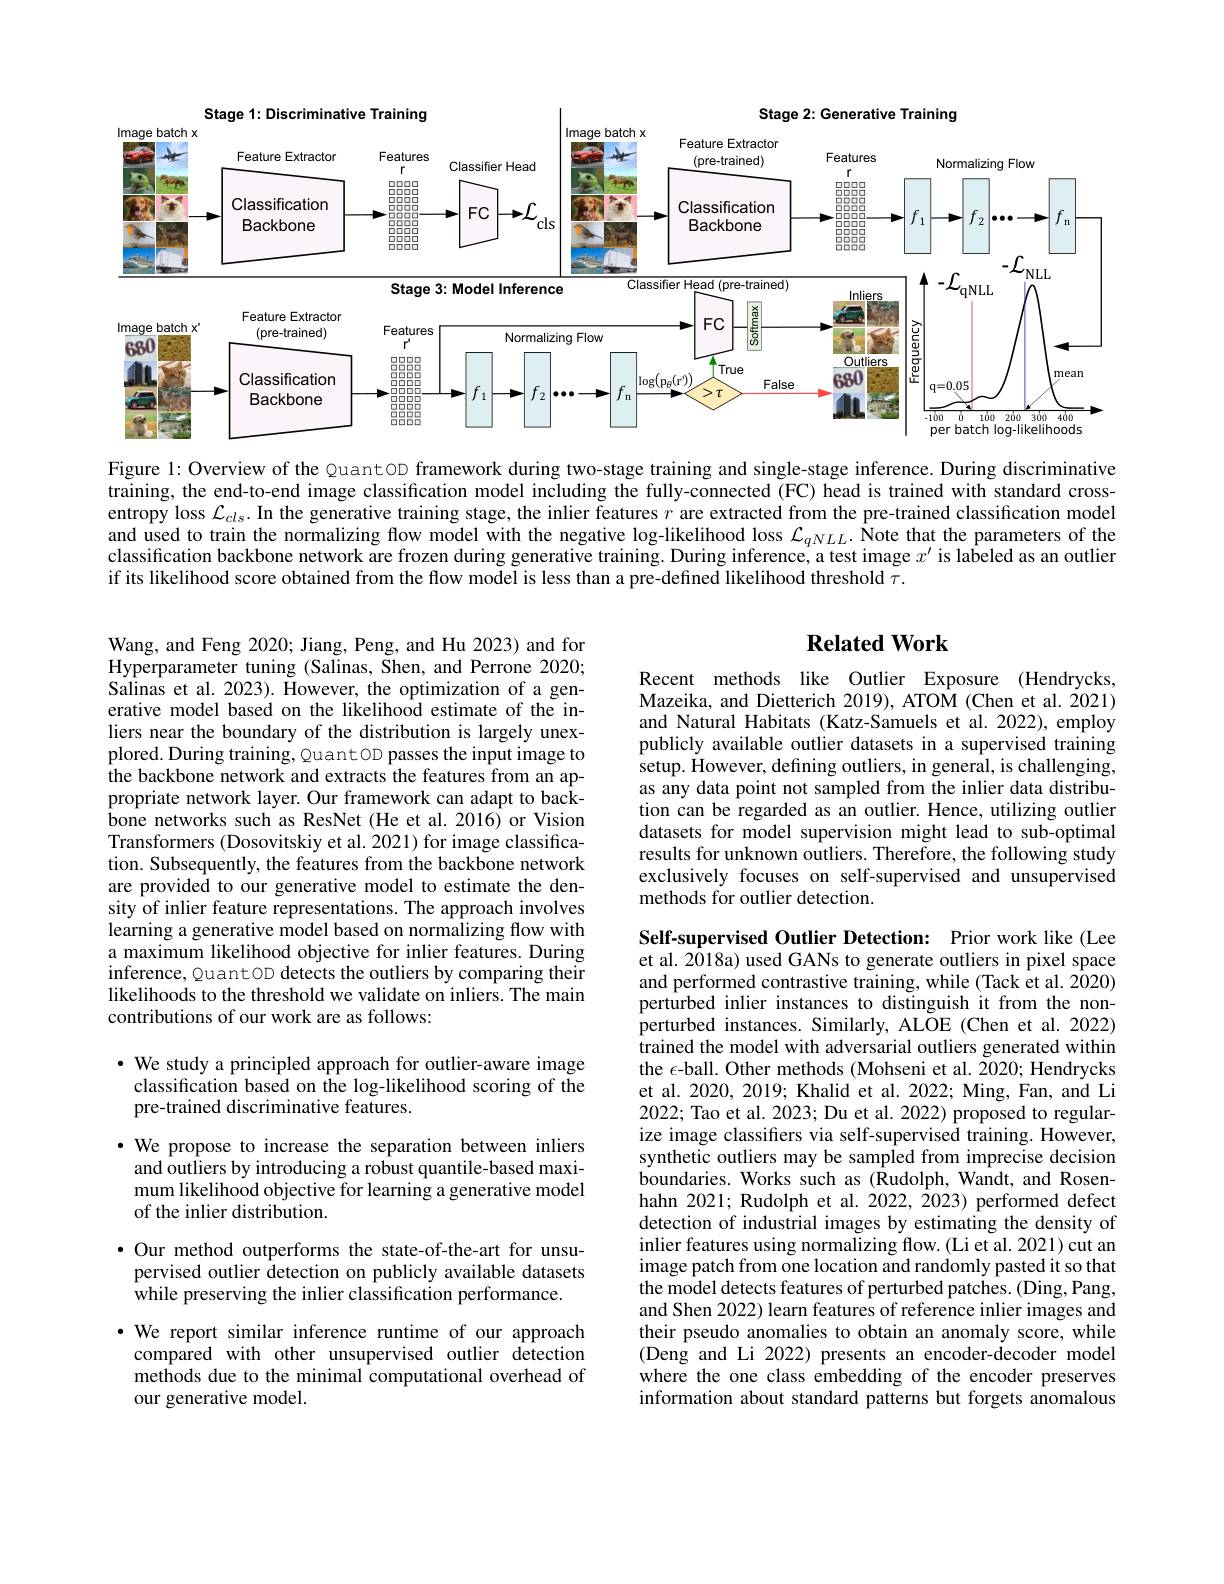
<FigureHere>

Figure l: Overview of the QuantoD framework during two-stage training and single-stage inference. During discriminative training, the end-to-end image classification model including the fully-connected (FC) head is trained with standard crossentropy loss $\mathcal{L}_{cls}.$ In the generative training stage, the inlier features $r$ are extracted from the pre-trained classification model and used to train the normalizing flow model with the negative log-likelihood loss $\mathcal{L}_qNLL.\hat{\text{Note that the parameters of the}}$ classification backbone network are frozen during generative training. During inference, a test image $x^{\prime}$ is labeled as an outlier if its likelihood score obtained from the flow model is less than a pre-defined likelihood threshold $\tau.$

## $\textbf{Related Work}$

Recent methods like Outlier Exposure (Hendrycks, Mazeika, and Dietterich 2019), ATOM (Chen et al. 2021) and Natural Habitats (Katz-Samuels et al.2022), employ publicly available outlier datasets in a supervised training setup. However, defining outliers, in general, is challenging, as any data point not sampled from the inlier data distribution can be regarded as an outlier. Hence, utilizing outlier datasets for model supervision might lead to sub-optimal results for unknown outliers. Therefore, the following study exclusively focuses on self-supervised and unsupervised methods for outlier detection.

Wang, and Feng 2020; Jiang, Peng, and Hu 2023) and for Hyperparameter tuning (Salinas, Shen, and Perrone 2020; Salinas et al. 2023). However, the optimization of a generative model based on the likelihood estimate of the inliers near the boundary of the distribution is largely unexplored. During training, Quant OD passes the input image to $\hat{\text{the backbone network and extracts the features from an ap-}}$ propriate network layer. Our framework can adapt to backbone networks such as ResNet (He et al.2016) or Vision Transformers (Dosovitskiy et al. 2021) for image classification. Subsequently, the features from the backbone network are provided to our generative model to estimate the density of inlier feature representations. The approach involves learning a generative model based on normalizing flow with a maximum likelihood objective for inlier features. During inference, Quant OD detects the outliers by comparing their likelihoods to the threshold we validate on inliers. The main contributions of our work are as follows:

$\bullet$ We study a principled approach for outlier-aware image
classification based on the log-likelihood scoring of the
pre-trained discriminative features.

Self-supervised Outlier Detection: Prior work like (Lee et al. 2018a) used GANs to generate outliers in pixel space and performed contrastive training, while (Tack et al. 2020) perturbed inlier instances to distinguish it from the nonperturbed instances. Similarly, ALOE (Chen et al.2022) trained the model with adversarial outliers generated within the $\epsilon$-ball. Other methods (Mohseni et al. 2020; Hendrycks et al. 2020, 2019; Khalid et al. 2022; Ming, Fan, and Li 2022; Tao et al. 2023; Du et al. 2022) proposed to regularize image classifiers via self-supervised training. However, synthetic outliers may be sampled from imprecise decision boundaries. Works such as (Rudolph, Wandt, and Rosenhahn 2021; Rudolph et al. 2022, 2023) performed defect detection of industrial images by estimating the density of inlier features using normalizing flow.(Li et al. 2021) cut an image patch from one location and randomly pasted it so that the model detects features of perturbed patches. (Ding, Pang, and Shen 2022) learn features of reference inlier images and their pseudo anomalies to obtain an anomaly score, while (Deng and Li 2022) presents an encoder-decoder model where the one class embedding of the encoder preserves information about standard patterns but forgets anomalous

·We propose to increase the separation between inliers and outliers by introducing a robust quantile-based maximum likelihood objective for learning a generative model of the inlier distribution.

·Our method outperforms the state-of-the-art for unsupervised outlier detection on publicly available datasets while preserving the inlier classification performance.
$\cdot$ We report similar inference runtime of our approach
compared with other unsupervised outlier detection methods due to the minimal computational overhead of our generative model.